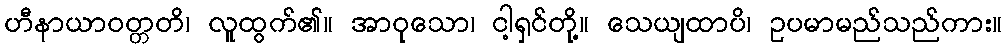
ဟီနာယာဝတ္တတိ၊ လူထွက်၏။ အာဝုသော၊ ငါ့ရှင်တို့။ သေယျထာပိ၊ ဥပမာမည်သည်ကား။